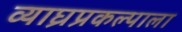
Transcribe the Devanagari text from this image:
व्याघ्रप्रकल्पाला